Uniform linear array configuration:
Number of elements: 48
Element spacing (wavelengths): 0.5
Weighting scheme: exponential
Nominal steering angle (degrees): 30
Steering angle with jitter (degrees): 31.908
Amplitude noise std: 0.05
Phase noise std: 0.05

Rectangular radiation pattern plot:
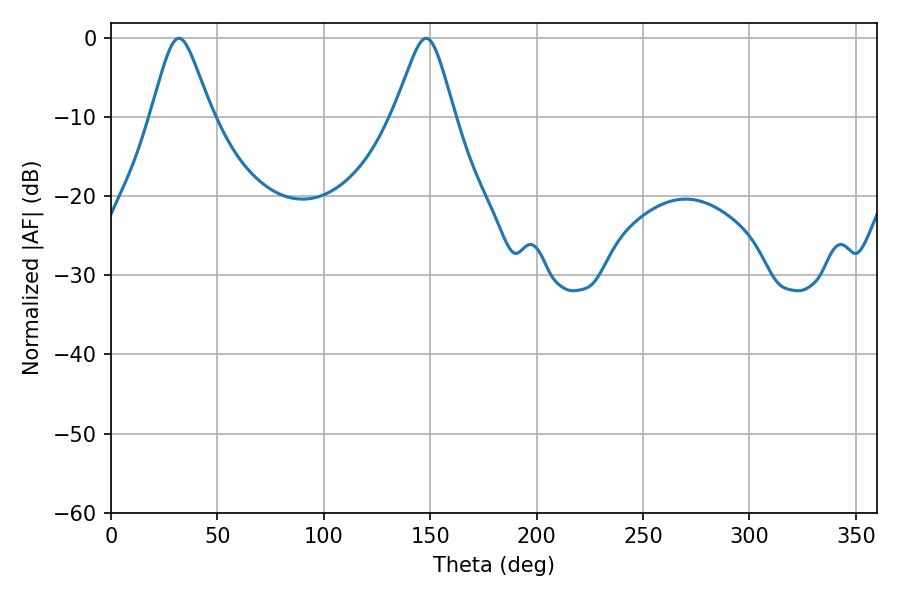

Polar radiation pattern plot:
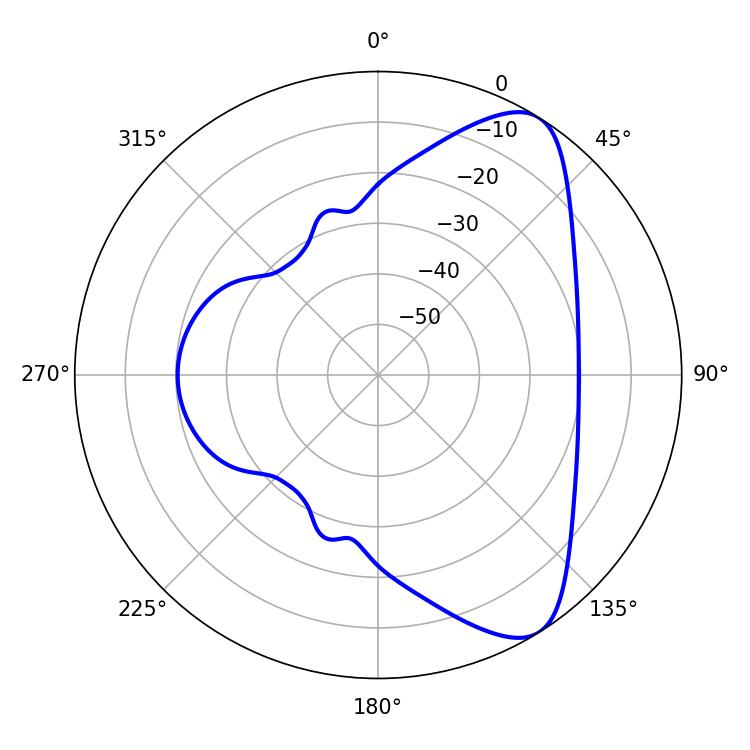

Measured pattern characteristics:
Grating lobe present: FALSE
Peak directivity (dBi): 7.994
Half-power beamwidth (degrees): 13.68
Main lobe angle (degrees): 31.86